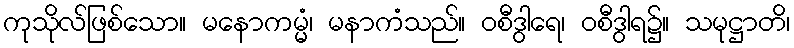
ကုသိုလ်ဖြစ်သော။ မနောကမ္မံ၊ မနာကံသည်။ ဝစီဒွါရေ၊ ဝစီဒွါရ၌။ သမုဋ္ဌာတိ၊